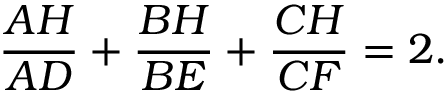
{ \frac { A H } { A D } } + { \frac { B H } { B E } } + { \frac { C H } { C F } } = 2 .